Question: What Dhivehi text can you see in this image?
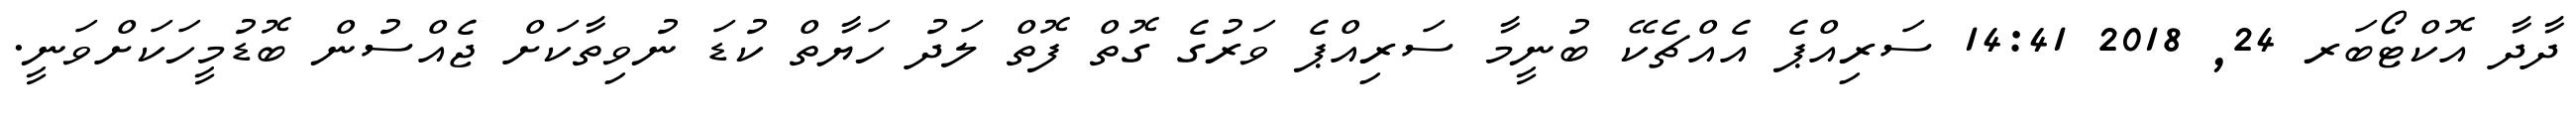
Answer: ދާދާ އޮކްޓޯބަރ 24, 2018 14:41 ސަރިއްޕެ އެއްޗެކޭ ބުނީމާ ސަރިއްޕެ ވަރުގެ ގޮތް ފޮތް ލަދު ހަޔާތް ކުޑަ ނުވިތާކަށް ޖެއްސުން ބޮޑުމީހަކަށްވަނީ.